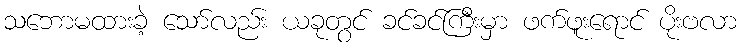
သဘောမထားခဲ့ သော်လည်း ယခုတွင် ခင်ခင်ကြီးမှာ ဖက်ဖူးရောင် ပိုးဗလာ